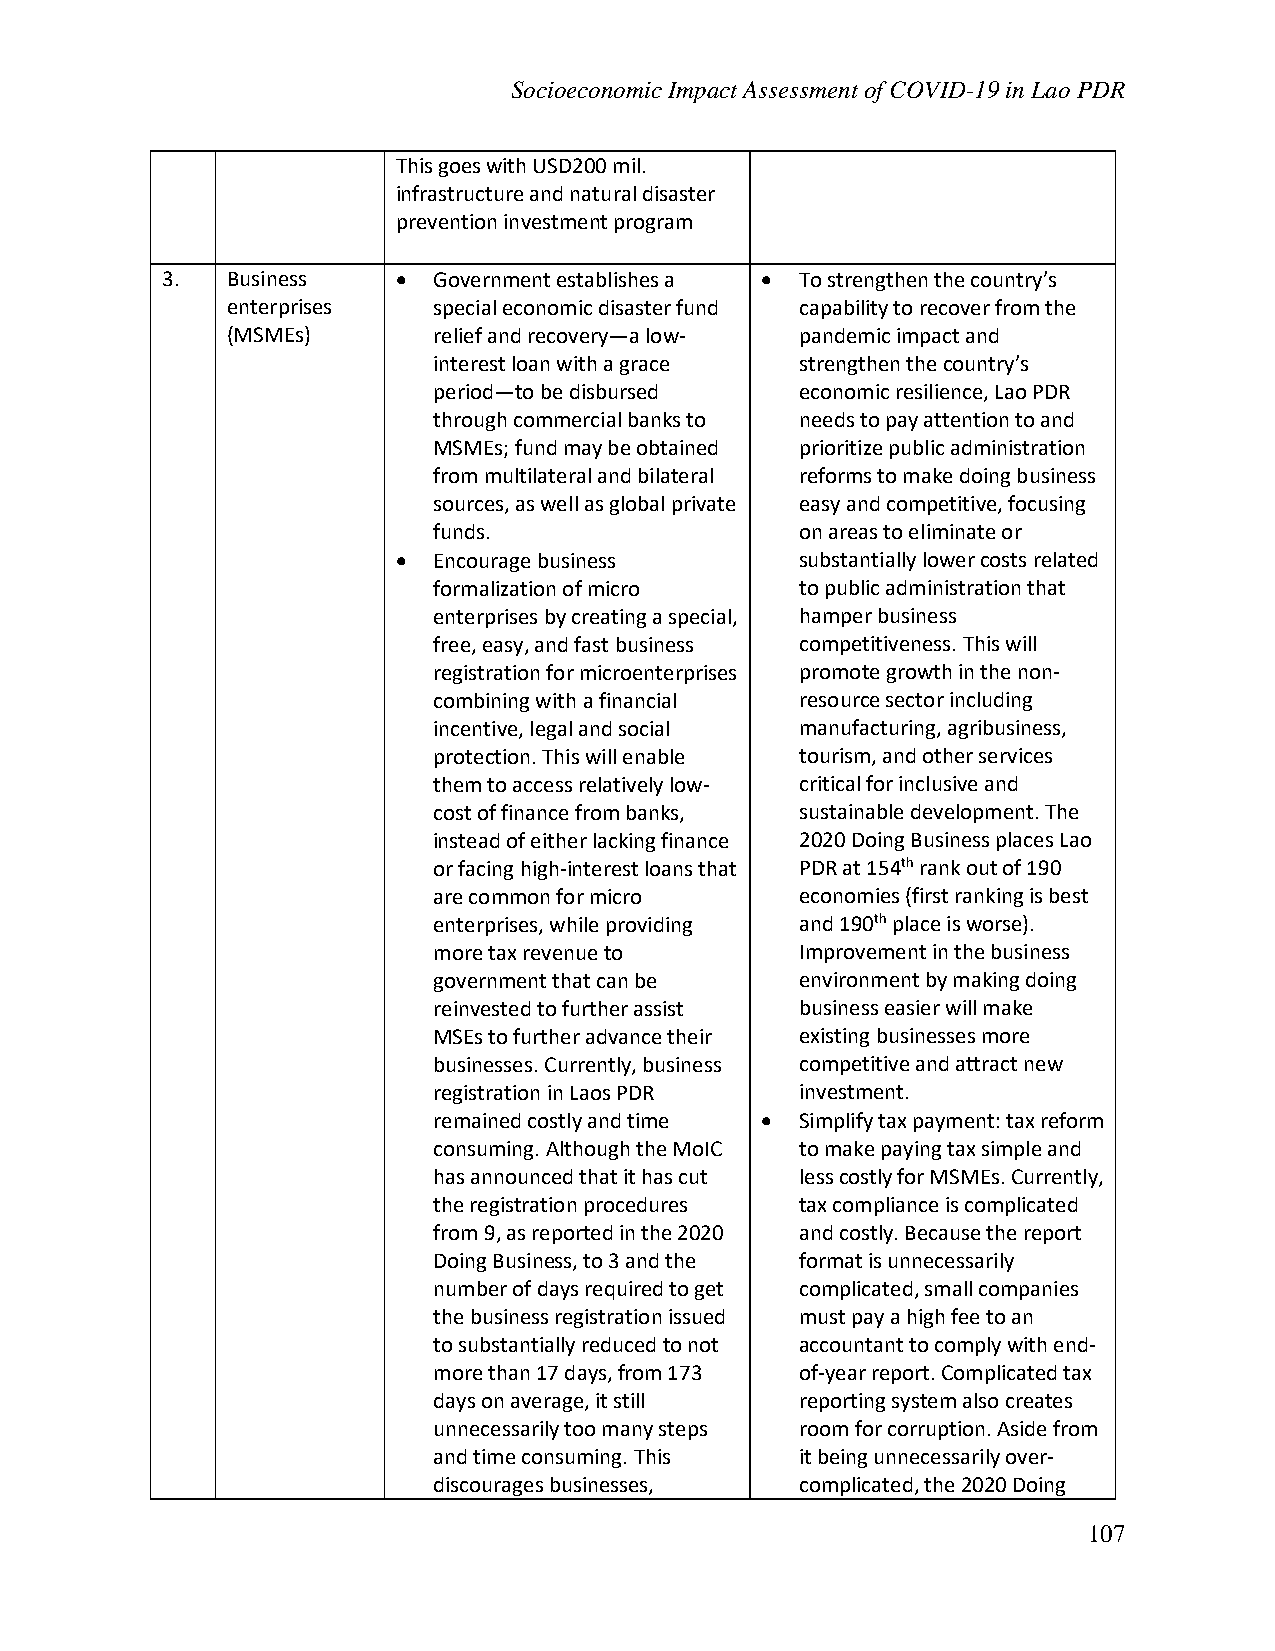
Socioeconomic Impact Assessment of COVID-19 in Lao PDR
 This goes with USD200 mil.
 infrastructure and natural disaster
 prevention investment program
 3.  Business   •  Government establishes a • To strengthen the country’s
 enterprises   special economic disaster fund capability to recover from the
 (MSMEs)       relief and recovery—a low- pandemic impact and
 interest loan with a grace strengthen the country’s
 period—to be disbursed  economic resilience, Lao PDR
 through commercial banks to needs to pay attention to and
 MSMEs; fund may be obtained prioritize public administration
 from multilateral and bilateral reforms to make doing business
 sources, as well as global private easy and competitive, focusing
 funds.                  on areas to eliminate or
 •  Encourage business      substantially lower costs related
 formalization of micro  to public administration that
 enterprises by creating a special, hamper business
 free, easy, and fast business competitiveness. This will
 registration for microenterprises promote growth in the non-
 combining with a financial resource sector including
 incentive, legal and social manufacturing, agribusiness,
 protection. This will enable tourism, and other services
 them to access relatively low- critical for inclusive and
 cost of finance from banks, sustainable development. The
 instead of either lacking finance 2020 Doing Business places Lao
 or facing high-interest loans that PDR at 154th rank out of 190
 are common for micro    economies (first ranking is best
 enterprises, while providing and 190th place is worse).
 more tax revenue to     Improvement in the business
 government that can be  environment by making doing
 reinvested to further assist business easier will make
 MSEs to further advance their existing businesses more
 businesses. Currently, business competitive and attract new
 registration in Laos PDR investment.
 remained costly and time • Simplify tax payment: tax reform
 consuming. Although the MoIC to make paying tax simple and
 has announced that it has cut less costly for MSMEs. Currently,
 the registration procedures tax compliance is complicated
 from 9, as reported in the 2020 and costly. Because the report
 Doing Business, to 3 and the format is unnecessarily
 number of days required to get complicated, small companies
 the business registration issued must pay a high fee to an
 to substantially reduced to not accountant to comply with end-
 more than 17 days, from 173 of-year report. Complicated tax
 days on average, it still reporting system also creates
 unnecessarily too many steps room for corruption. Aside from
 and time consuming. This it being unnecessarily over-
 discourages businesses, complicated, the 2020 Doing
 107